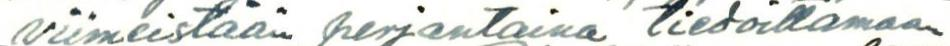
viimeistään perjantaina tiedoittamaan